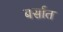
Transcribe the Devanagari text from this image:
बर्सात